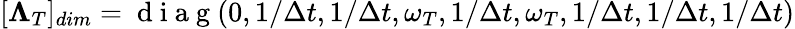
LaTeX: [\mathbf{\Lambda}_{T}]_{dim}=\mathrm{~d~i~a~g~}(0,1/\Delta t,1/\Delta t,\omega_{T},1/\Delta t,\omega_{T},1/\Delta t,1/\Delta t,1/\Delta t)